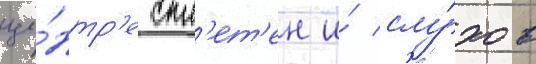
це́нтр'е спл'ет'ен и́ слу́хов